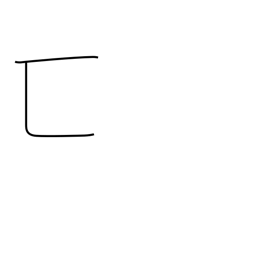
Meaning: hiding enclosure radical (no. 23)